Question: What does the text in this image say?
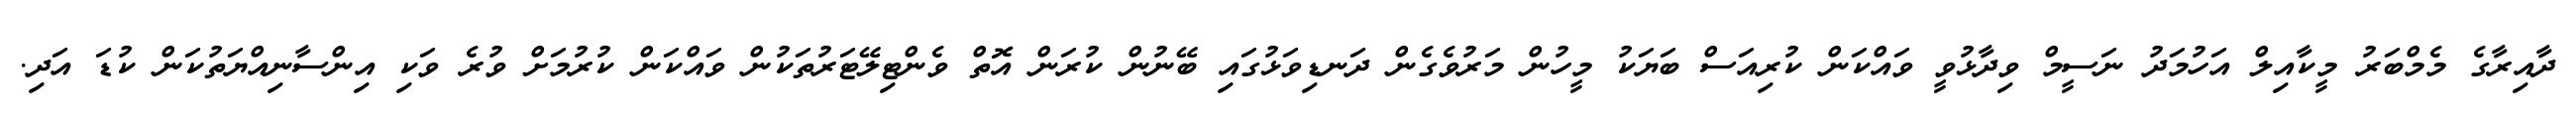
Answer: ދާއިރާގެ މެމްބަރު މީކާއިލް އަހުމަދު ނަސީމް ވިދާޅުވީ ވައްކަން ކުރިއަސް ބަޔަކު މީހުން މަރުވެގެން ދަނޑިވަޅުގައި ބޭނުން ކުރަން އޮތް ވެންޓިލޭޓަރުތަކުން ވައްކަން ކުރުމަށް ވުރެ ވަކި އިންސާނިއްޔަތުކަން ކުޑަ އަދި.